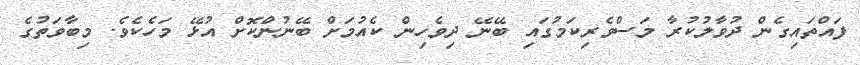
ފައްތައިގެން ދުވާލުކުރާ މަސްވެރިކަމުގައި ބޭނޭ ދިވެހިން ކެއުމަށް ބޭނުންކޮށް އުޅޭ މަހެކެވެ. މިބާވަތުގެ